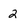
Character: 2